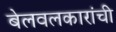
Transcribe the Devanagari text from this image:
बेलवलकारांची